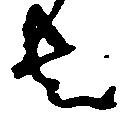
者